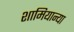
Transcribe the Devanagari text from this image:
शामियान्या